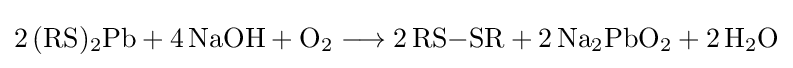
{2\,(\mathrm {RS} ){\vphantom {A}}_{\smash[{t}]{2}}\mathrm {Pb} {}+{}4\,\mathrm {NaOH} {}+{}\mathrm {O} {\vphantom {A}}_{\smash[{t}]{2}}{}\mathrel {\longrightarrow } {}2\,\mathrm {RS} {-}\mathrm {SR} {}+{}2\,\mathrm {Na} {\vphantom {A}}_{\smash[{t}]{2}}\mathrm {PbO} {\vphantom {A}}_{\smash[{t}]{2}}{}+{}2\,\mathrm {H} {\vphantom {A}}_{\smash[{t}]{2}}\mathrm {O} }